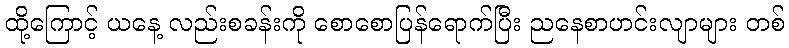
ထို့ကြောင့် ယနေ့ လည်းစခန်းကို စောစောပြန်ရောက်ပြီး ညနေစာဟင်းလျာများ တစ်